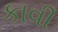
કાવી